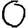
Digit: 0